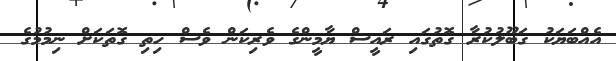
އެއްބަޔަކު ގަބޫލުކުރާ ގޮތުގައި ރައީސް ޔާމީންގެ ވެރިކަން ވެސް ހިތި ގޮތަކަށް ނިމުމުގެ